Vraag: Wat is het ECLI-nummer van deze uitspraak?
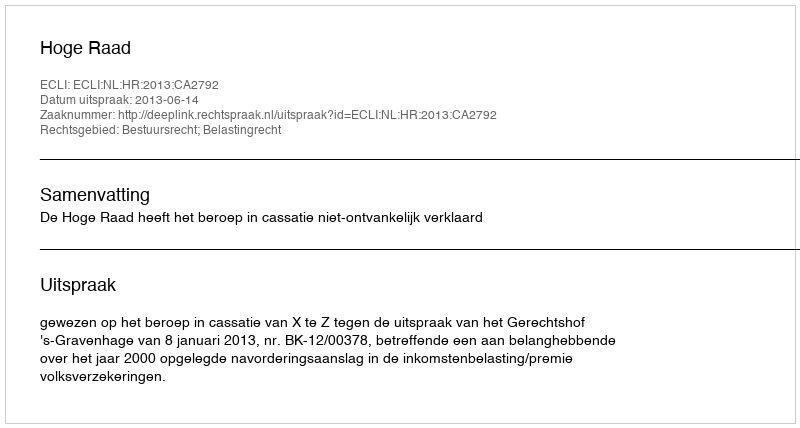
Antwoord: ECLI:NL:HR:2013:CA2792